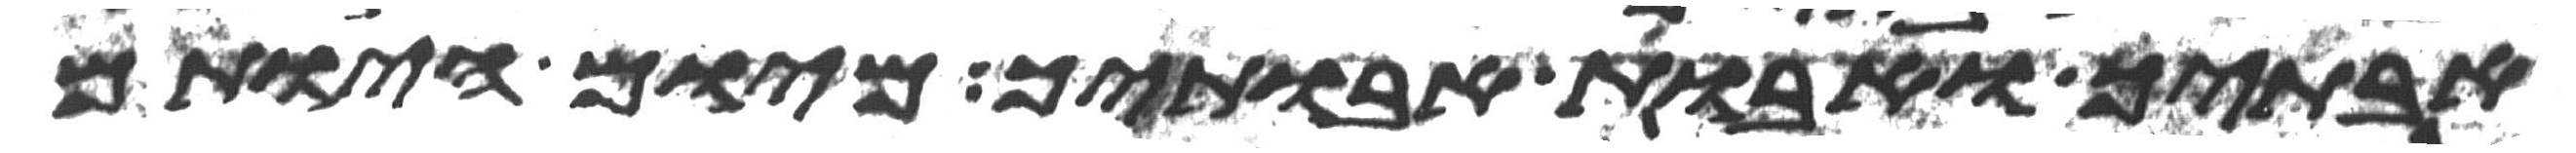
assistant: אבתיך ואבות אבתיך מיום היותם